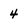
Character: 4